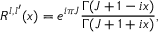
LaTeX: R ^ { l , l ^ { \prime } } ( x ) = e ^ { i \pi J } \frac { \Gamma ( J + 1 - i x ) } { \Gamma ( J + 1 + i x ) } ,